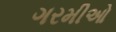
ગરમીઓ